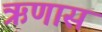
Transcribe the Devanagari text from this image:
ऋणास